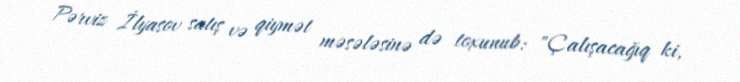
Pərviz İlyasov satış və qiymət məsələsinə də toxunub: "Çalışacağıq ki,